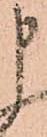
申